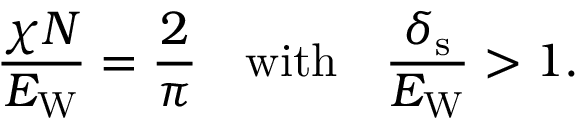
\frac { \chi N } { E _ { \mathrm { W } } } = \frac { 2 } { \pi } \quad \mathrm { w i t h } \quad \frac { \delta _ { \mathrm { s } } } { E _ { \mathrm { W } } } > 1 .